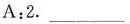
A:2.___